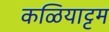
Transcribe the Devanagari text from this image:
कळियाट्टम